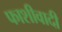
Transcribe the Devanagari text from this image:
फाशीवादी